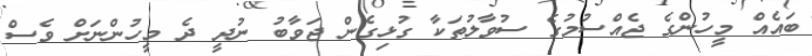
ބައެއް މީހުންގެ ޖެއްސުމުގެ ސުވާލުތަކާ ގުޅިގެން ޖަވާބު ނުދީ ދެ މީހުންނަށް ވެސް